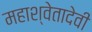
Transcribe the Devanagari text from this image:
महाश्वेतादेवी